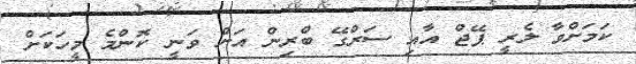
ކަމަށްވާ ލެރީ ޕޭޖް އާއި ސަރްގޭ ބްރިން އަށް ވަނީ ކޮންމެ މީހަކަށް